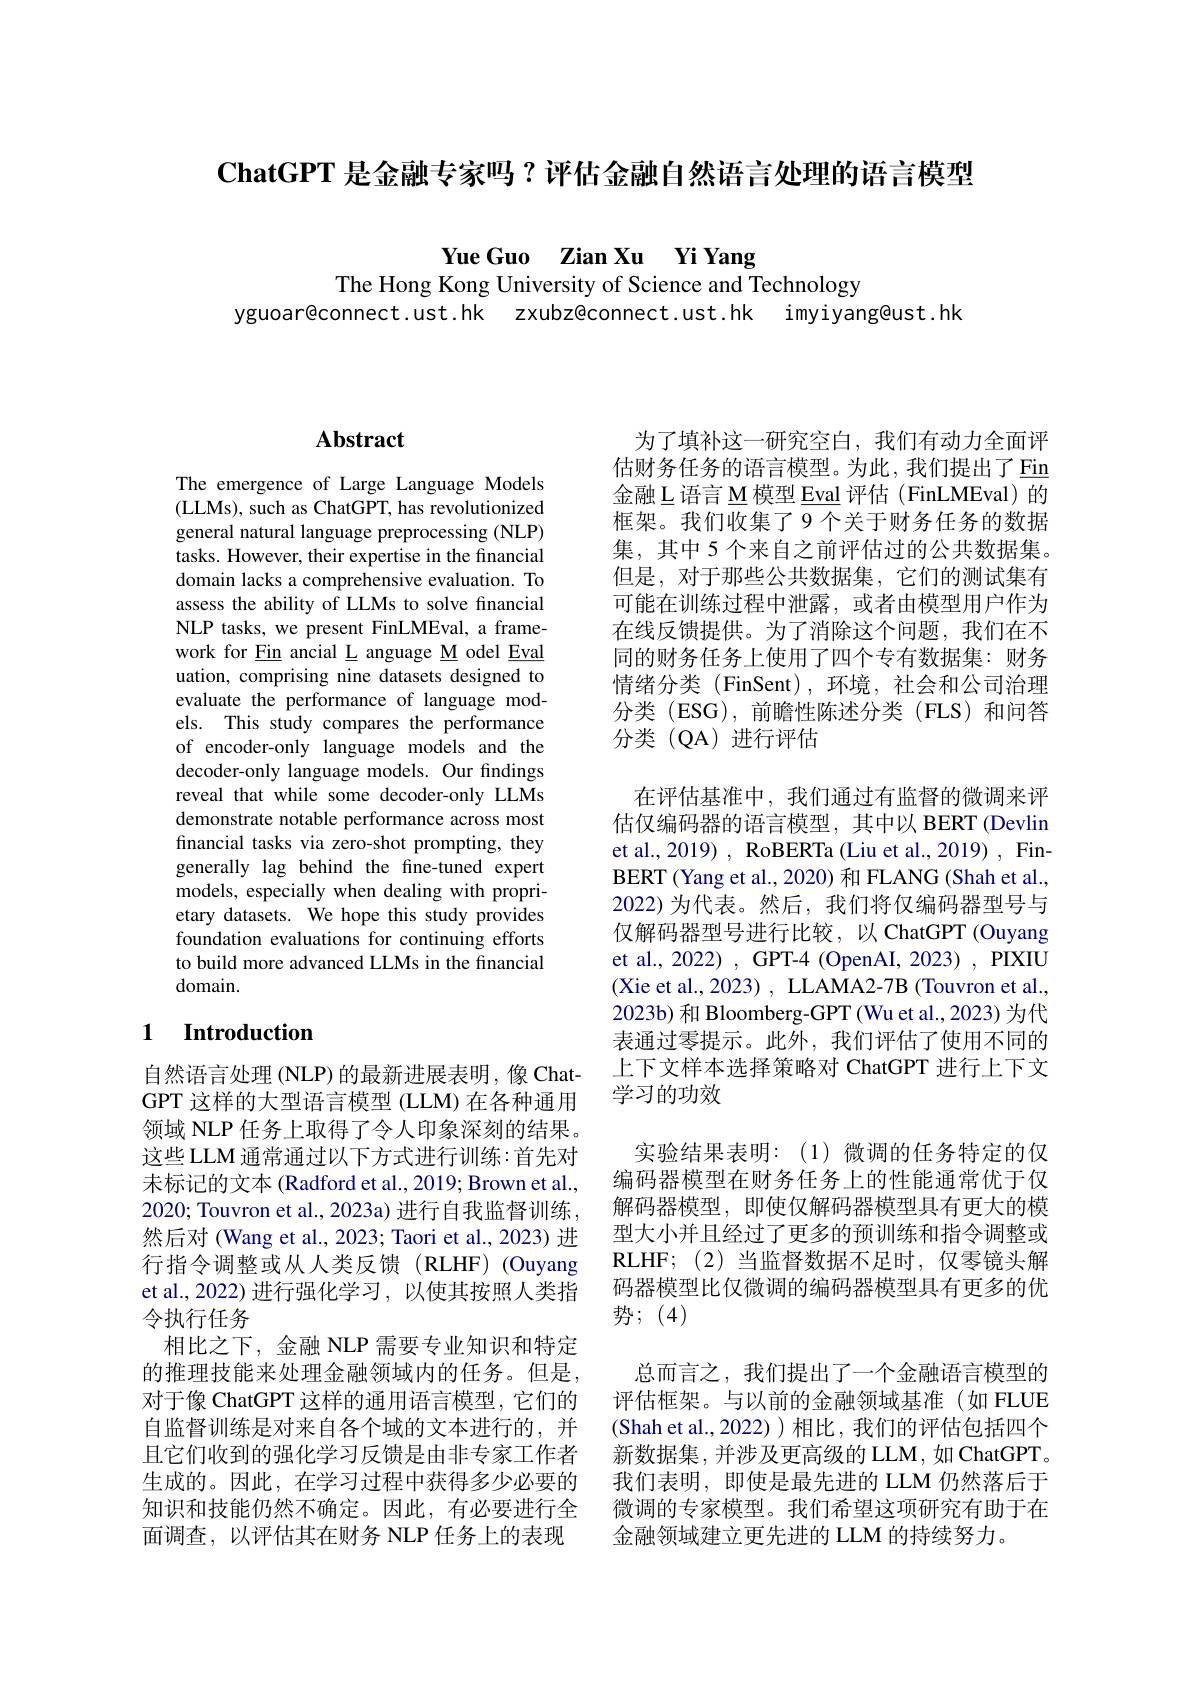
$\textbf{ChatGPT 是 金 融 专 家 吗 ? 评 估 金 融 自 然 语 言 处 理 的 语 言 模 型 }$

Yue Guo Zian Xu Yi Yang

The Hong Kong University of Science and Technology
yguoar@connect.ust.hk zxubz@connect.ust.hk imyiyang@ust.hk

## $\mathbf{Abstract}$

The emergence of Large Language Models (LLMs), such as ChatGPT, has revolutionized general natural language preprocessing (NLP) tasks. However, their expertise in the financial domain lacks a comprehensive evaluation. To assess the ability of LLMs to solve financial NLP tasks, we present FinLMEval, a framework for $\underline{\text{Fin}}$ ancial L anguage M odel Eval uation, comprising nine datasets designed to evaluate the performance of language models. This study compares the performance of encoder-only language models and the decoder-only language models. Our findings reveal that while some decoder-only LLMs demonstrate notable performance across most financial tasks via zero-shot prompting, they generally lag behind the fine-tuned expert models, especially when dealing with proprietary datasets. We hope this study provides foundation evaluations for continuing efforts to build more advanced LLMs in the financial domain.

### 1 Introduction

自然语言处理 (NLP) 的最新进展表明，像 ChatGPT 这样的大型语言模型 (LLM) 在各种通用领域 NLP 任务上取得了令人印象深刻的结果。这些LLM 通常通过以下方式进行训练：首先对未标记的文本 (Radford et al., 2019; Brown et al., 2020; Touvron et al., 2023a) 进行自我监督训练， 然后对 (Wang et al., 2023; Taori et al., 2023) 进行指令调整或从人类反馈(RLHF)(Ouyang et al., 2022) 进行强化学习，以使其按照人类指令执行任务
相比之下，金融 NLP 需要专业知识和特定的推理技能来处理金融领域内的任务。但是， 对于像 ChatGPT 这样的通用语言模型，它们的自监督训练是对来自各个域的文本进行的，并且它们收到的强化学习反馈是由非专家工作者生成的。因此，在学习过程中获得多少必要的知识和技能仍然不确定。因此，有必要进行全面调查，以评估其在财务 NLP 任务上的表现

为了填补这一研究空白，我们有动力全面评估财务任务的语言模型。为此，我们提出了$\underline{\mathrm{Fin}}$ 金融 L 语言 M 模型 Eval 评估 (FinLMEval) 的框架。我们收集了9个关于财务任务的数据集，其中 5 个来自之前评估过的公共数据集。但是，对于那些公共数据集，它们的测试集有可能在训练过程中泄露，或者由模型用户作为在线反馈提供。为了消除这个问题，我们在不同的财务任务上使用了四个专有数据集：财务情绪分类 (FinSent),环境，社会和公司治理分类 (ESG),前瞻性陈述分类 (FLS)和问答分类(QA)进行评估
在评估基准中，我们通过有监督的微调来评估仅编码器的语言模型，其中以 BERT (Devlin et al., 2019) , RoBERTa (Liu et al., 2019) , FinBERT (Yang et al., 2020) 和 FLANG (Shah et al., 2022)为代表。然后，我们将仅编码器型号与仅解码器型号进行比较，以 ChatGPT (Ouyang et al., 2022) , GPT-4 (OpenAI, 2023) , PIXIU (Xie et al., 2023) , LLAMA2-7B (Touvron et al., 2023b) 和 Bloomberg-GPT (Wu et al., 2023) 为代表通过零提示。此外，我们评估了使用不同的上下文样本选择策略对 ChatGPT 进行上下文学习的功效
实验结果表明：(1)微调的任务特定的仅编码器模型在财务任务上的性能通常优于仅解码器模型，即使仅解码器模型具有更大的模型大小并且经过了更多的预训练和指令调整或RLHF; (2)当监督数据不足时，仅零镜头解码器模型比仅微调的编码器模型具有更多的优势；(4)
总而言之，我们提出了一个金融语言模型的评估框架。与以前的金融领域基准(如 FLUE (Shah et al., 2022))相比，我们的评估包括四个新数据集，并涉及更高级的 LLM, 如 ChatGPT。我们表明，即使是最先进的 LLM 仍然落后于微调的专家模型。我们希望这项研究有助于在金融领域建立更先进的 LLM 的持续努力。